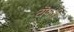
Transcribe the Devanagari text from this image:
टॊकरी